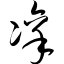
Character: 凛